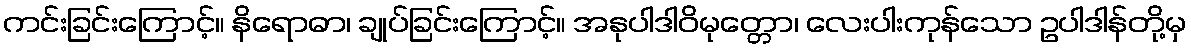
ကင်းခြင်းကြောင့်။ နိရောဓာ၊ ချုပ်ခြင်းကြောင့်။ အနုပါဒါဝိမုတ္တော၊ လေးပါးကုန်သော ဥပါဒါန်တို့မှ